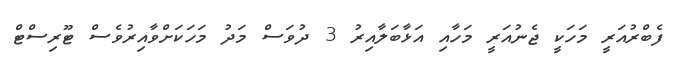
ފެބްރުއަރީ މަހަކީ ޖެނުއަރީ މަހާއި އަޅާބަލާއިރު 3 ދުވަސް މަދު މަހަކަށްވާއިރުވެސް ޓޫރިސްޓް